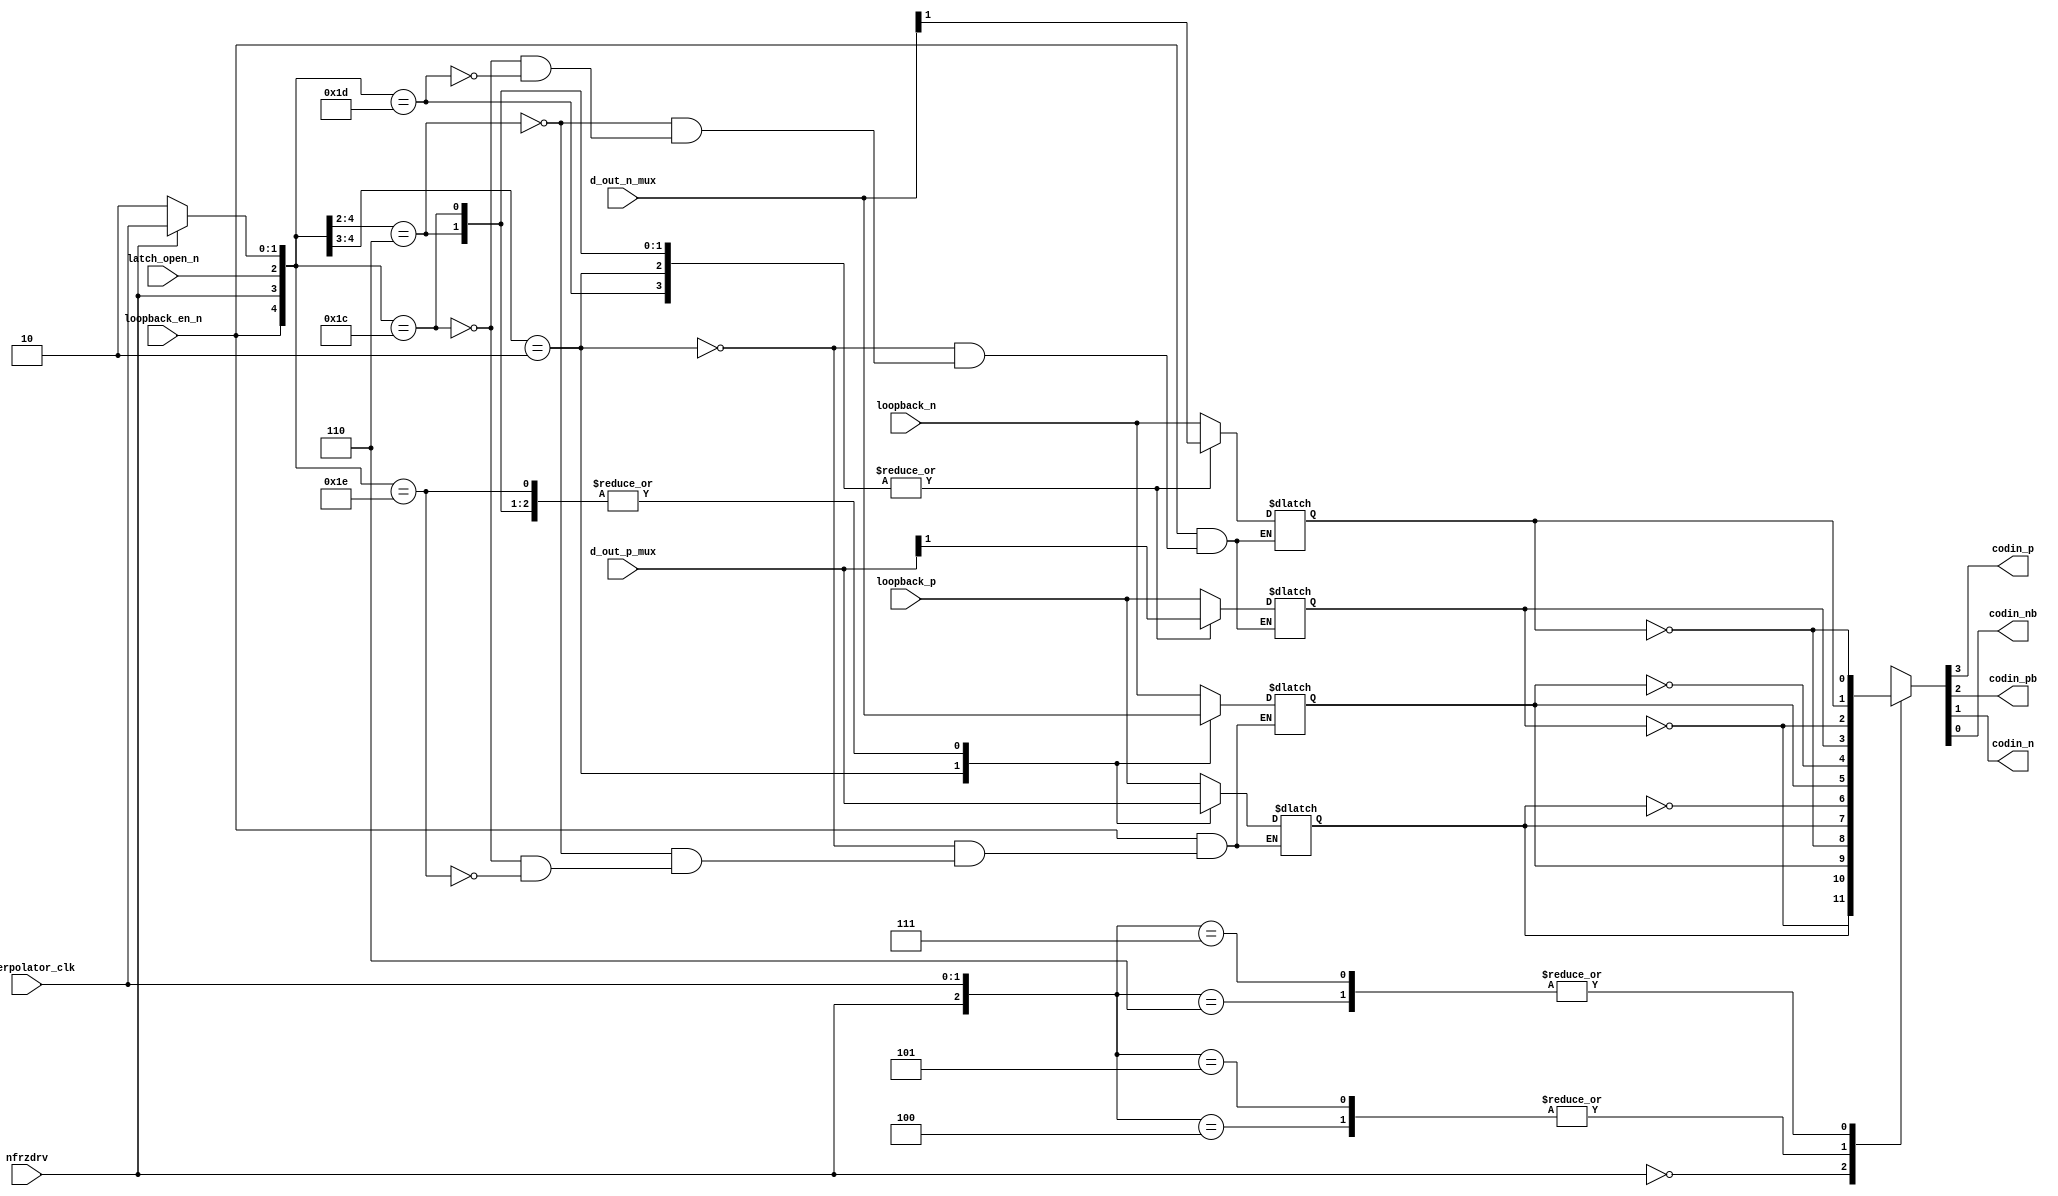
// SPDX-License-Identifier: Apache-2.0
// Copyright (C) 2019 Intel Corporation. 

module io_ioereg_struct_out (
input  [1:0] interpolator_clk,   // Complimentary Clock output sent to io_ioereg_struct
input  [1:0] d_out_p_mux,        // I/O  : Output P transistor before the final output mux
input  [1:0] d_out_n_mux,        // I/O  : Output N transistor before the final output mux
output reg   codin_p,            // I/O  : The high speed data output sent to the P type transistor +
output reg   codin_pb,           // I/O  : The high speed data output sent to the P type transistor -
output reg   codin_n,            // I/O  : The high speed data output sent to the N type transistor +
output reg   codin_nb,           // I/O  : The high speed data output sent to the N type transistor -
input        latch_open_n,       // Static : 0 = force the latches open (GPIO & ATPG),  1 = clock the latches, Memory IF
input        nfrzdrv,            //  freez signal
input        loopback_p,         // I/O  : P-tran loopback
input        loopback_n,         // I/O  : N-tran loopback
input        loopback_en_n       // I/O  : Active low loopback enable
);

`ifdef TIMESCALE_EN
                timeunit 1ps;
                timeprecision 1ps;
`endif

parameter FF_DELAY    = 80;
parameter LATCH_DELAY = 70;
parameter MUX_DELAY   = 60;

wire [1:0] clk_bf;
reg  [1:0] latch_p;
reg  [1:0] latch_n;

//-----------------------------------------------------
// Output Mux
//-----------------------------------------------------
assign clk_bf[1:0] = nfrzdrv ? interpolator_clk[1:0] : 2'b10;

//always @(*)
always @(*)
  casez ({loopback_en_n,nfrzdrv,latch_open_n,clk_bf[1:0]})
   5'b0_?_?_?? : {latch_p[1:0],latch_n[1:0]} <= #LATCH_DELAY {loopback_p,loopback_p,loopback_n,loopback_n};
   5'b1_0_?_?? : {latch_p[1:0],latch_n[1:0]} <= #LATCH_DELAY {d_out_p_mux[1],d_out_p_mux[1],d_out_n_mux[1],d_out_n_mux[1]};
   5'b1_1_0_?? : {latch_p[1:0],latch_n[1:0]} <= #LATCH_DELAY {d_out_p_mux[1],d_out_p_mux[0],d_out_n_mux[1],d_out_n_mux[0]};
   5'b1_1_1_00 : {latch_p[1:0],latch_n[1:0]} <= #LATCH_DELAY {d_out_p_mux[1],d_out_p_mux[0],d_out_n_mux[1],d_out_n_mux[0]};
//   5'b1_1_1_01 : {latch_p[1:0],latch_n[1:0]} <= #LATCH_DELAY {d_out_p_mux[1],latch_p[0],d_out_n_mux[1],latch_n[0]};
//   5'b1_1_1_10 : {latch_p[1:0],latch_n[1:0]} <= #LATCH_DELAY {latch_p[1],d_out_p_mux[0],latch_n[1],d_out_n_mux[0]};
//   5'b1_1_1_11 : {latch_p[1:0],latch_n[1:0]} <= #LATCH_DELAY {latch_p[1],latch_p[0],latch_n[1],latch_n[0]};
   5'b1_1_1_01 : {latch_p[1],latch_n[1]} <= #LATCH_DELAY {d_out_p_mux[1],d_out_n_mux[1]};
   5'b1_1_1_10 : {latch_p[0],latch_n[0]} <= #LATCH_DELAY {d_out_p_mux[0],d_out_n_mux[0]};
   5'b1_1_1_11 : ;
  endcase

always @(*)
  casez ({nfrzdrv,interpolator_clk[1:0]})
   3'b0_?? : {codin_p,codin_pb,codin_n,codin_nb} = {latch_p[0],~latch_p[1],latch_n[0],~latch_n[1]};
   3'b1_00 : {codin_p,codin_pb,codin_n,codin_nb} = {latch_p[0],~latch_p[0],latch_n[0],~latch_n[0]};
   3'b1_01 : {codin_p,codin_pb,codin_n,codin_nb} = {latch_p[0],~latch_p[0],latch_n[0],~latch_n[0]};
   3'b1_10 : {codin_p,codin_pb,codin_n,codin_nb} = {latch_p[1],~latch_p[1],latch_n[1],~latch_n[1]};
   3'b1_11 : {codin_p,codin_pb,codin_n,codin_nb} = {latch_p[1],~latch_p[1],latch_n[1],~latch_n[1]};
  endcase

endmodule